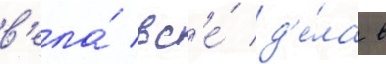
в'ела́ вс'е́ д'е́ла в